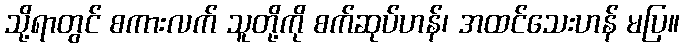
သို့ရာတွင် စကားလက် သူတို့ကို စက်ဆုပ်ဟန်၊ အထင်သေးဟန် မပြ။